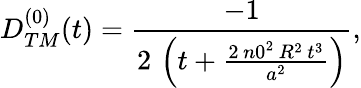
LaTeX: \begin{array}{c}{{D_{TM}^{(0)}(t)=\displaystyle{\frac{-1}{2\, \left(t+\frac{2\, {n0}^{2}\, R^{2}\, t^{3}}{a^{2}}\right)}},}}\end{array}